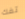
تفك